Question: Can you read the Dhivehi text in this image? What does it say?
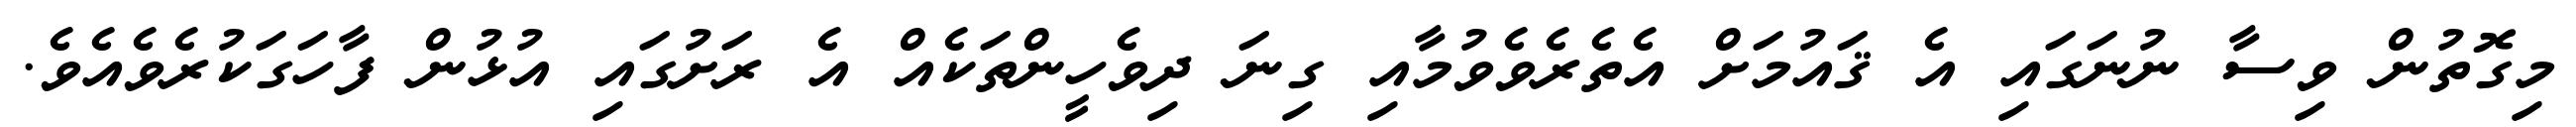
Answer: މިގޮތުން ވިސާ ނުނަގައި އެ ޤައުމަށް އެތެރެވެވުމާއި ގިނަ ދިވެހީންތަކެއް އެ ރަށުގައި އުޅުން ފާހަގަކުރެވެއެވެ.